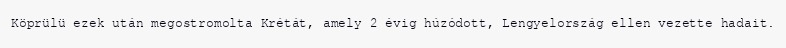
Köprülü ezek után megostromolta Krétát, amely 2 évig húzódott, Lengyelország ellen vezette hadait.